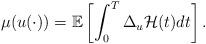
LaTeX: \begin{align*}\mu(u(\cdot)) = \mathbb{E}\left[ \int_{0}^{T} \Delta_{u} \mathcal{H}(t) dt \right].\end{align*}